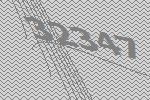
32347